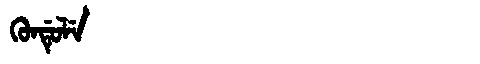
Manchu: ᡴᡠᠨᡩᡠᠯᡝ
Romanization: KUNDULE